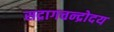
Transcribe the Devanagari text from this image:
सद्रागचन्द्रोदय